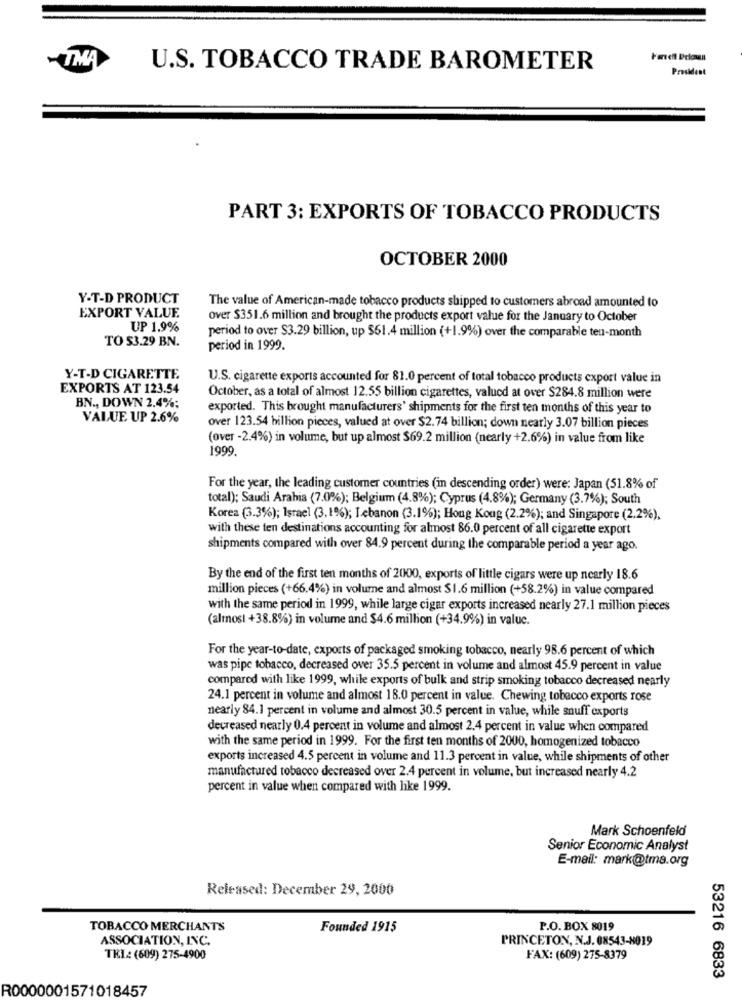
-TMA
U.S. TOBACCO TRADE BAROMETER
President
PART 3: EXPORTS OF TOBACCO PRODUCTS
OCTOBER 2000
Y-T-D PRODUCT
The value of American-made tobacco products shipped to customers abroad amounted to
EXPORT VALUE
over $351.6 million and brought the products export value for the January to October
UP 1.9%
TO $3.29 BN.
period to over $3.29 billion, up $61.4 million (+1.9%) over the comparable ten-month
period in 1999.
Y-T-D CIGARETTE.
U.S. cigarette exports accounted for 81.0 percent of total tobacco products export value in
EXPORTS AT 123.54
October, as a total of almost 12.55 billion cigarettes, valued at over $284.8 million were
BN ., DOWN 2.4%;
exported. This brought manufacturers' shipments for the first ten months of this year to
VALUE UP 2.6%
over 123.54 billion pieces, valued at over $2.74 billion; down nearly 3.07 billion pieces
(over -2.4%) in volume, but up almost $69.2 million (nearly +2.6%) in value from like
1999.
For the year, the leading customer countries (in descending order) were: Japan (51.8% of
total); Saudi Arabia (7.0%); Belgium (4.8%); Cyprus (4.8%); Germany (3.7%); South
Korea (3.3%); Israel (3.1%); Lebanon (3.1%); Hong Kong (2.2%); and Singapore (2.2%),
with these ten destinations accounting for almost 86.0 percent of all cigarette export
shipments compared with over 84.9 percent during the comparable period a year ago.
By the end of the first ten months of 2000, exports of little cigars were up nearly 18.6
million pieces (+66.4%) in volume and almost $1.6 million (+58.2%) in value compared
with the same period in 1999, while large cigar exports increased nearly 27.1 million pieces
(almost +38.8%) in volume and $4.6 million (+34.9%) in value.
For the year-to-date, exports of packaged smoking tobacco, nearly 98.6 percent of which
was pipe tobacco, decreased over 35.5 percent in volume and almost 45.9 percent in value
compared with like 1999, while exports of bulk and strip smoking tobacco decreased nearly
24.1 percent in volume and almost 18.0 percent in value. Chewing tobacco exports rose
nearly 84.1 percent in volume and almost 30.5 percent in value, while snuff exports
decreased nearly 0.4 percent in volume and almost 2.4 percent in value when compared
with the same period in 1999. For the first ten months of 2000, homogenized tobacco
exports increased 4.5 percent in volume and 11.3 percent in value, while shipments of other
manufactured tobacco decreased over 2.4 percent in volume, but increased nearly 4.2
percent in value when compared with like 1999.
Mark Schoenfeld
Senior Economic Analyst
E-mail: mark@tma.org
Released: December 29, 2000
TOBACCO MERCHANTS
Founded 1915
P.O. BOX 8019
ASSOCIATION, INC.
PRINCETON, N.J. 08543-8019
TRI: (609) 275-4900
FAX: (609) 275-8379
53216 6833
R0000001571018457